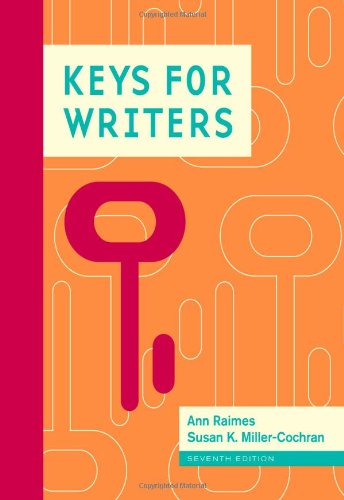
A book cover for Keys for Writers; Ann Raimes; Education & Teaching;